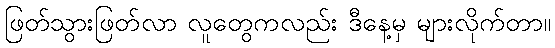
ဖြတ်သွားဖြတ်လာ လူတွေကလည်း ဒီနေ့မှ များလိုက်တာ။